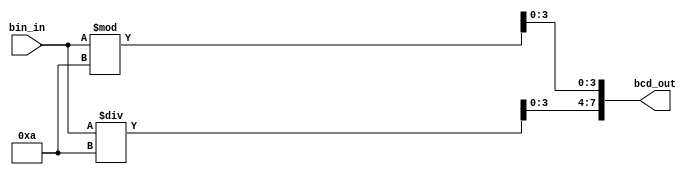
module bin2bcd(
	input  [7:0] bin_in,
	output [7:0] bcd_out
);

	reg [3:0] tens, ones;

	always @(*) begin
		tens = bin_in / 10;
		ones = bin_in % 10;
	end

	assign bcd_out = {tens, ones};

endmodule